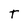
Character: T